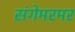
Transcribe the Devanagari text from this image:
संगेमरमर